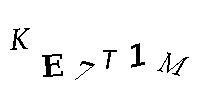
KE7T1M